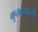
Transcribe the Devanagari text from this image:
गुप्तवंशावली